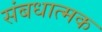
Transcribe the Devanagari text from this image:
संबधात्मक